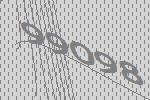
99098